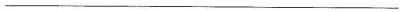
______________________________________